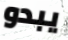
يبدو